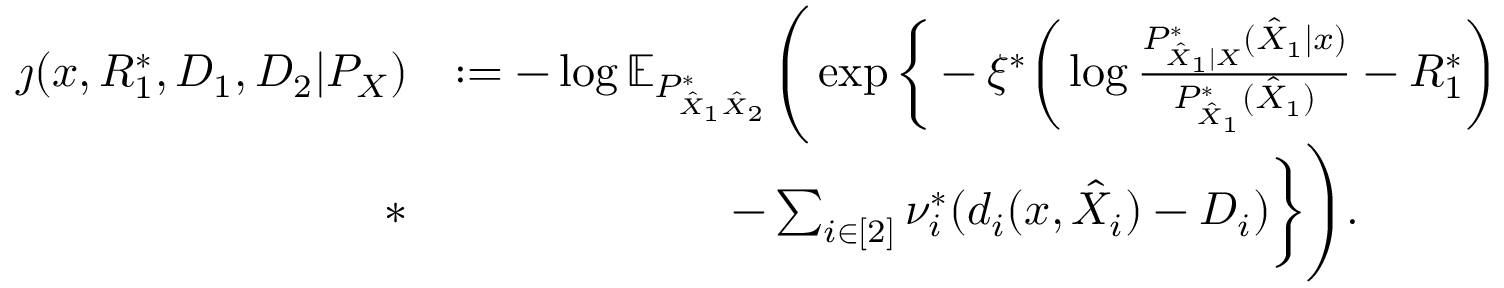
\begin{array} { r l } { \jmath ( x , R _ { 1 } ^ { * } , D _ { 1 } , D _ { 2 } | P _ { X } ) } & { : = - \log \mathbb { E } _ { P _ { \hat { X } _ { 1 } \hat { X } _ { 2 } } ^ { * } } \Bigg ( \exp \bigg \{ - \xi ^ { * } \bigg ( \log \frac { P _ { \hat { X } _ { 1 } | X } ^ { * } ( \hat { X } _ { 1 } | x ) } { P _ { \hat { X } _ { 1 } } ^ { * } ( \hat { X } _ { 1 } ) } - R _ { 1 } ^ { * } \bigg ) } \\ { * } & { \qquad \qquad \qquad - \sum _ { i \in [ 2 ] } \nu _ { i } ^ { * } ( d _ { i } ( x , \hat { X } _ { i } ) - D _ { i } ) \bigg \} \Bigg ) . } \end{array}